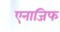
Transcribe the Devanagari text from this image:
एनाजिफ